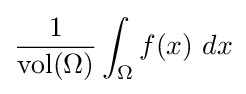
{\frac {1}{\mathrm {vol} (\Omega )}}\int _{\Omega }f(x)\ dx